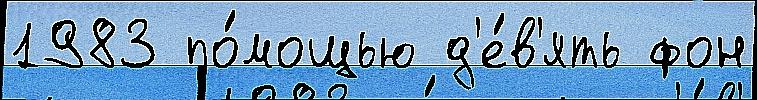
1983 по́мощью д'е́в'ять фон